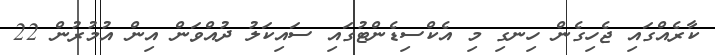
ކާރެއްގައި ޖެހިގެން ހިނގި މި އެކްސިޑެންޓުގައި ސައިކަލު ދުއްވަން އިން އުމުރުން 22